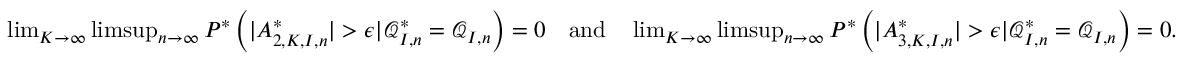
\begin{array} { r } { \operatorname* { l i m } _ { K \rightarrow \infty } \operatorname* { l i m s u p } _ { n \rightarrow \infty } P ^ { * } \left( | A _ { 2 , K , I , n } ^ { * } | > \epsilon | \mathcal { Q } _ { I , n } ^ { * } = \mathcal { Q } _ { I , n } \right) = 0 \quad \mathrm { a n d } \quad \operatorname* { l i m } _ { K \rightarrow \infty } \operatorname* { l i m s u p } _ { n \rightarrow \infty } P ^ { * } \left( | A _ { 3 , K , I , n } ^ { * } | > \epsilon | \mathcal { Q } _ { I , n } ^ { * } = \mathcal { Q } _ { I , n } \right) = 0 . } \end{array}